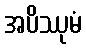
အပိဿုမံ